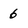
Character: 6